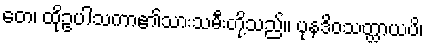
တေ၊ ထိုဥပါသကာ၏သားသမီးတို့သည်။ ပုနဒိဝသတ္ထာယပိ၊